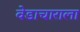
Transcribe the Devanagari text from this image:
वेडाचाराला